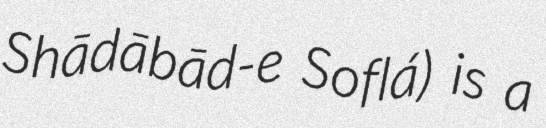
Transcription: Shādābād-e Soflá) is a